Civil Veterinary Department Bihar & Orissa reports 1929-36 - 1929-1936
Year: 1929
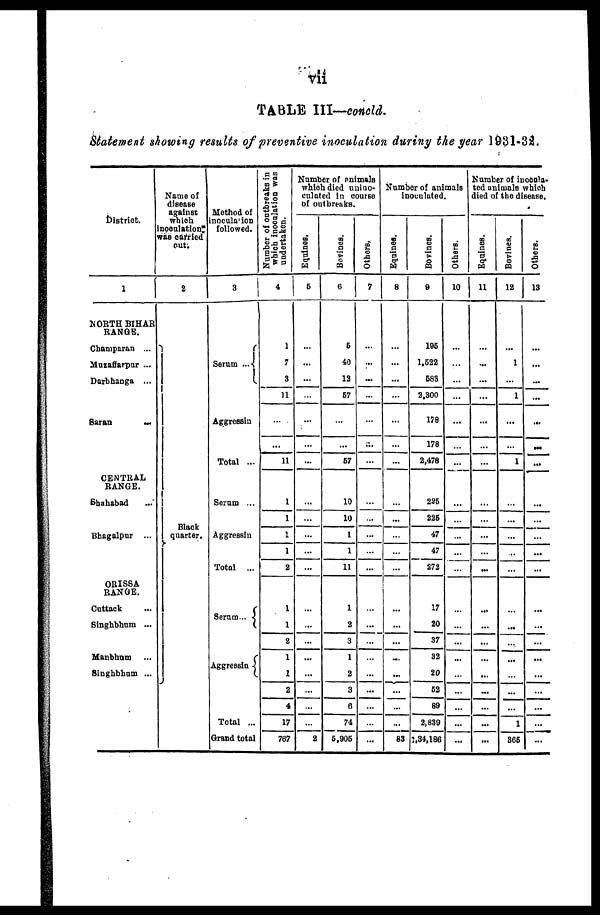
vii
TABLE III—concld.
Statement showing results of preventive inoculation during the year 1931-32.
District.
1
NORTH BIHAR
RANGE.
Champaran ...
Muzaffarpur ...
Darbhanga ...
Saran
...
CENTRAL
RANGE.
Shahabad ...
Bhagalpur ...
ORISSA
RANGE.
Cuttack ...
Singhbhum ...
Manbhum ...
Singhbhum ...
Name of
disease
against
which
inoculation
was carried
out.
2
Black
quarter.
Method of
inoculation
followed.
3
Serum ...
Aggressin
Total ...
Serum ...
Aggressin
Total ...
Serum ...
Aggressin
Total ...
Grand total
Number of outbreaks in
which
inocalation was
undertaken.
4
1
7
3
11
...
...
11
1
1
1
1
2
1
1
2
1
1
2
4
17
767
Number of animals
which died unino-
culated in course
of outbreaks.
Equines.
5
...
...
...
...
...
...
...
...
...
...
...
...
...
...
...
...
...
...
...
...
2
Bovines.
6
5
40
12
67
...
...
67
10
10
1
1
11
1
2
3
1
2
3
6
74
6,906
Others,
7
...
...
...
...
...
...
...
...
...
...
...
...
...
...
...
...
...
...
...
...
...
Number of animals
inoculated.
Equines.
8
...
...
...
...
...
...
...
...
...
...
...
...
...
...
...
...
...
...
...
...
83
Bovines.
9
106
1,622
683
2,300
178
178
2,478
225
226
47
47
272
17
20
37
32
20
62
89
2,839
1,34,186
Others.
10
...
...
...
...
...
...
...
...
...
...
...
...
...
...
...
...
...
...
...
...
...
Number of inocula-
ted animals which
died of the disease.
Equines.
11
...
...
...
...
...
...
...
...
...
...
...
...
...
...
...
...
...
...
...
...
...
Bovines.
12
...
1
...
1
...
...
1
...
...
...
...
...
...
...
...
...
...
...
...
1
366
Others.
13
...
...
...
...
...
...
...
...
...
...
...
...
...
...
...
...
...
...
...
...
...